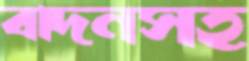
বাদনসহ